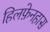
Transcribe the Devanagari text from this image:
हिलफ़ेनहास